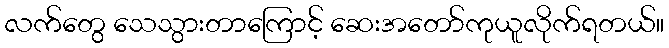
လက်တွေ သေသွားတာကြောင့် ဆေးအတော်ကုယူလိုက်ရတယ်။